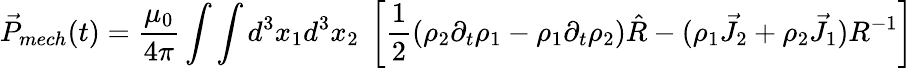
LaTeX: \vec{P}_{mech}(t)=\frac{\mu_{0}}{4\pi}\int\int d^{3}x_{1}d^{3}x_{2}~\left[\frac{1}{2}\left(\rho_{2}\partial_{t}\rho_{1}-\rho_{1}\partial_{t}\rho_{2}\right)\hat{R}-(\rho_{1}\vec{J}_{2}+\rho_{2}\vec{J}_{1})R^{-1}\right]